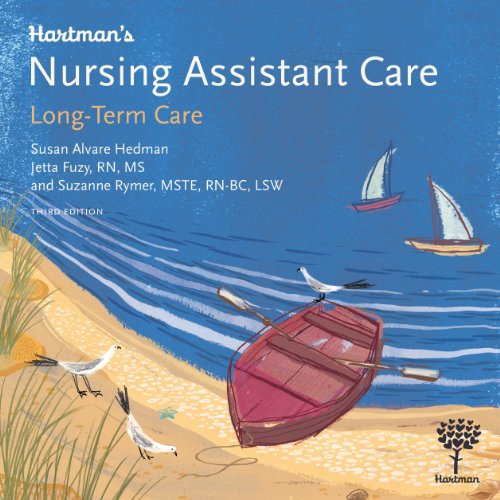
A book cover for Hartman's Nursing Assistant Care: Long-Term Care, 3rd Edition; Susan Alvare Hedman; Medical Books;